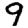
Digit: 9